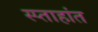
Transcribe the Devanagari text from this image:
स्प्ताहांत